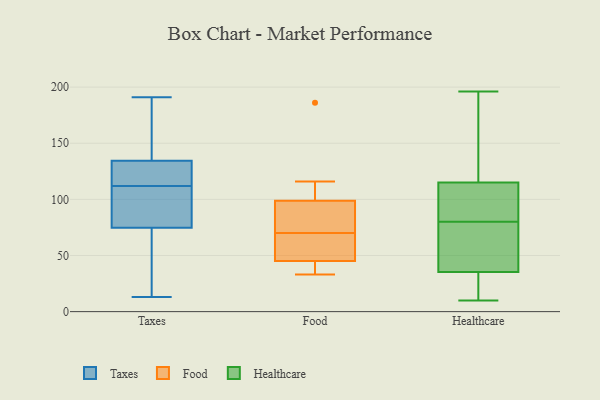
{"axis": {"x": "Humidity (%)", "y": "Value"}, "legend": ["Food", "Healthcare", "Taxes"], "data": [{"x": "", "y": 51, "type": "Taxes"}, {"x": "", "y": 13, "type": "Taxes"}, {"x": "", "y": 62, "type": "Taxes"}, {"x": "", "y": 79, "type": "Taxes"}, {"x": "", "y": 90, "type": "Taxes"}, {"x": "", "y": 125, "type": "Taxes"}, {"x": "", "y": 171, "type": "Taxes"}, {"x": "", "y": 154, "type": "Taxes"}, {"x": "", "y": 123, "type": "Taxes"}, {"x": "", "y": 128, "type": "Taxes"}, {"x": "", "y": 91, "type": "Taxes"}, {"x": "", "y": 112, "type": "Taxes"}, {"x": "", "y": 191, "type": "Taxes"}, {"x": "", "y": 84, "type": "Food"}, {"x": "", "y": 70, "type": "Food"}, {"x": "", "y": 48, "type": "Food"}, {"x": "", "y": 33, "type": "Food"}, {"x": "", "y": 186, "type": "Food"}, {"x": "", "y": 102, "type": "Food"}, {"x": "", "y": 89, "type": "Food"}, {"x": "", "y": 116, "type": "Food"}, {"x": "", "y": 45, "type": "Food"}, {"x": "", "y": 45, "type": "Food"}, {"x": "", "y": 41, "type": "Food"}, {"x": "", "y": 97, "type": "Healthcare"}, {"x": "", "y": 33, "type": "Healthcare"}, {"x": "", "y": 80, "type": "Healthcare"}, {"x": "", "y": 196, "type": "Healthcare"}, {"x": "", "y": 40, "type": "Healthcare"}, {"x": "", "y": 12, "type": "Healthcare"}, {"x": "", "y": 71, "type": "Healthcare"}, {"x": "", "y": 161, "type": "Healthcare"}, {"x": "", "y": 10, "type": "Healthcare"}, {"x": "", "y": 83, "type": "Healthcare"}, {"x": "", "y": 86, "type": "Healthcare"}, {"x": "", "y": 108, "type": "Healthcare"}, {"x": "", "y": 136, "type": "Healthcare"}, {"x": "", "y": 26, "type": "Healthcare"}, {"x": "", "y": 36, "type": "Healthcare"}, {"x": "", "y": 65, "type": "Healthcare"}, {"x": "", "y": 182, "type": "Healthcare"}]}